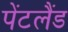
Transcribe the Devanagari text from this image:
पेंटलैंड